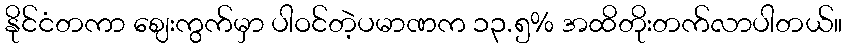
နိုင်ငံတကာ ဈေးကွက်မှာ ပါဝင်တဲ့ပမာဏက ၁၃.၅% အထိတိုးတက်လာပါတယ်။